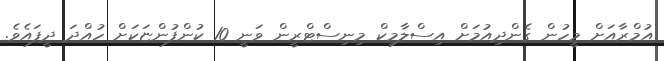
އުމްރާއަށް މީހުން ގެންދިއުމަށް އިސްލާމިކް މިނިސްޓްރީން ވަނީ 10 ކުންފުންޏަކަށް ހުއްދަ ދީފައެވެ.